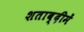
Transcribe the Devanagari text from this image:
शताब्‍दीमें